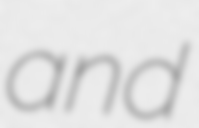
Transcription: and